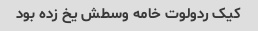
کیک ردولوت خامه وسطش یخ زده بود